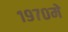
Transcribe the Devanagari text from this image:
१९७०मे